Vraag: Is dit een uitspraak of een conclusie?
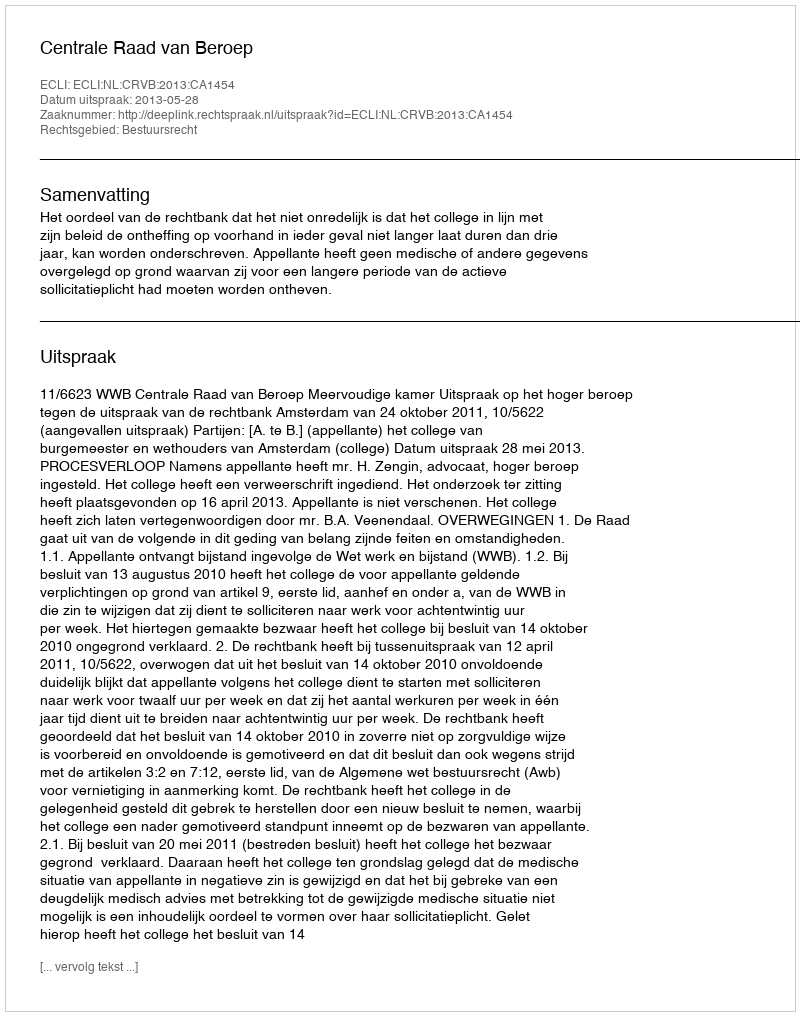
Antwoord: Uitspraak